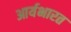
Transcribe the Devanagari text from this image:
आर्यभारत